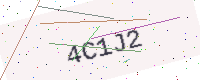
Text: 4C1J2